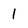
Character: 1